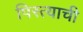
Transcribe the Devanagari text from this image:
पिस्त्याची